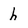
Character: h